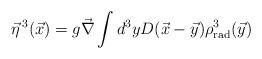
LaTeX: \begin{align*}\vec{\eta}^{\,3} (\vec{x}) = g \vec{\nabla} \int d^{3}yD(\vec{x}- \vec{y} ) \rho^{3}_{\rm rad}(\vec{y})\end{align*}